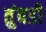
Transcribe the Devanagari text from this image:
तुंबडी